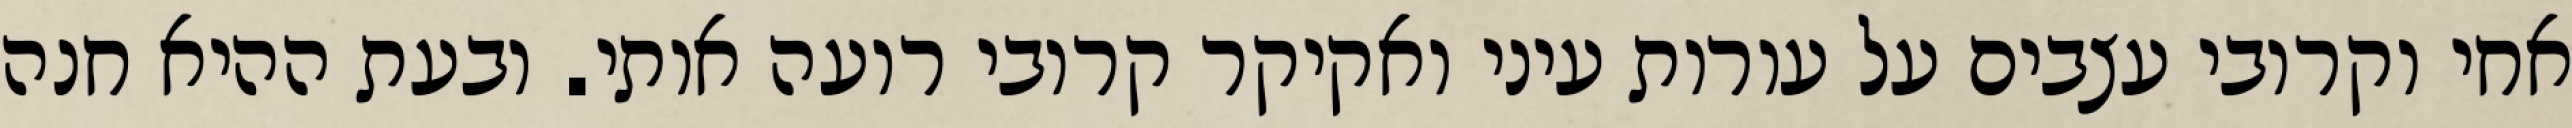
אחי וקרובי עצבים על עורות עיני ואקיקר קרובי רועה אותי. ובעת ההיא חנה